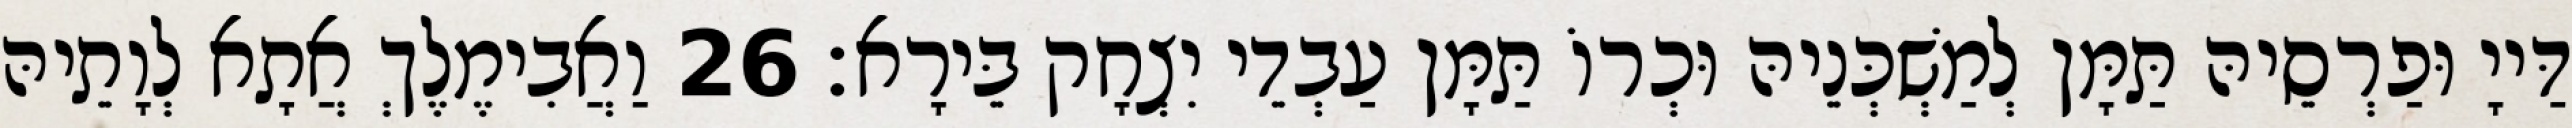
דַּייָ וּפַרְסֵיהּ תַּמָּן לְמַשְׁכְּנֵיהּ וּכְרוֹ תַּמָּן עַבְדֵי יִצְחָק בֵּירָא׃ 26 וַאֲבִימֶלֶךְ אֲתָא לְוָתֵיהּ